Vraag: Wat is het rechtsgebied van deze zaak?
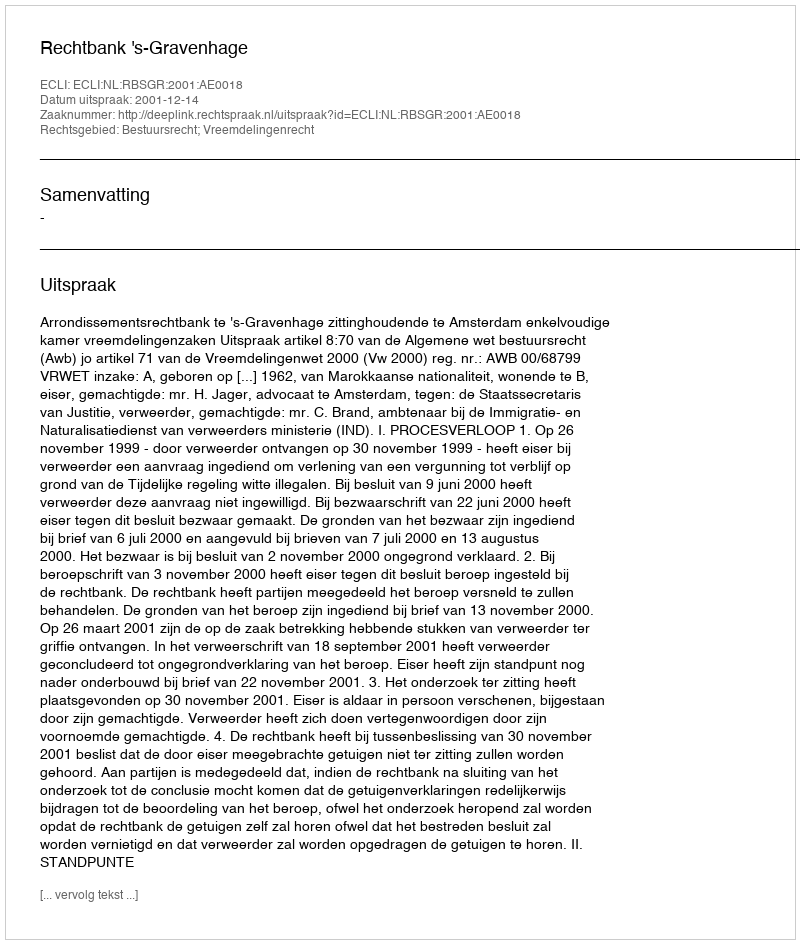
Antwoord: Bestuursrecht; Vreemdelingenrecht